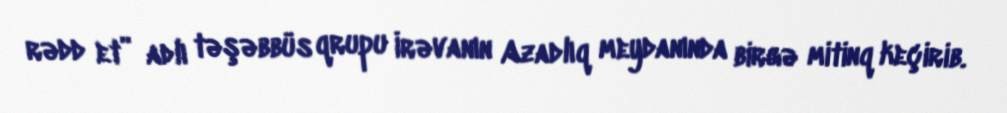
rədd et” adlı təşəbbüs qrupu İrəvanın Azadlıq meydanında birgə mitinq keçirib.